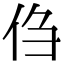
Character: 㑇